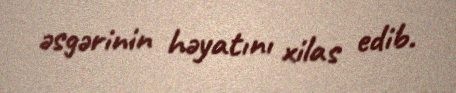
əsgərinin həyatını xilas edib.